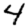
Digit: 4